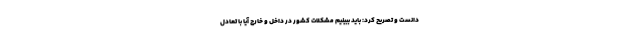
دانست و تصریح کرد: باید ببینیم مشکلات کشور در داخل و خارج آیا با تعادل